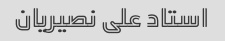
استاد علی نصیریان